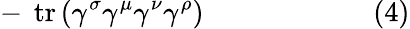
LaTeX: -\ \operatorname{tr}\left(\gamma^{\sigma}\gamma^{\mu}\gamma^{\nu}\gamma^{\rho}\right)\quad\quad\quad\quad\quad\quad(4)